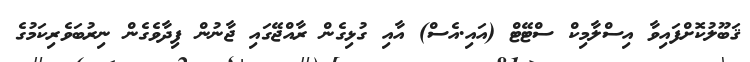
ޤަބޫލުކޮށްފައިވާ އިސްލާމިކް ސްޓޭޓް (އައި.އެސް) އާއި ގުޅިގެން ރާއްޖޭގައި ޖާނުން ފިދާވެގެން ނިރުބަވެރިކަމުގެ